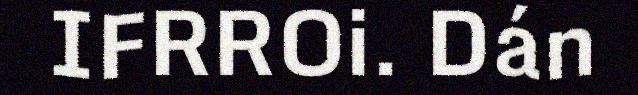
IFRROi. Dán